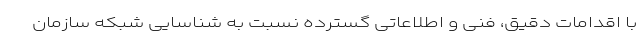
با اقدامات دقیق، فنی و اطلاعاتی گسترده نسبت به شناسایی شبکه سازمان